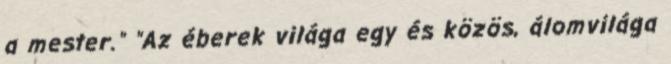
a mester." "Az éberek világa egy és közös, álomvilága